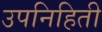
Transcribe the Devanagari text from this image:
उपनिहिती